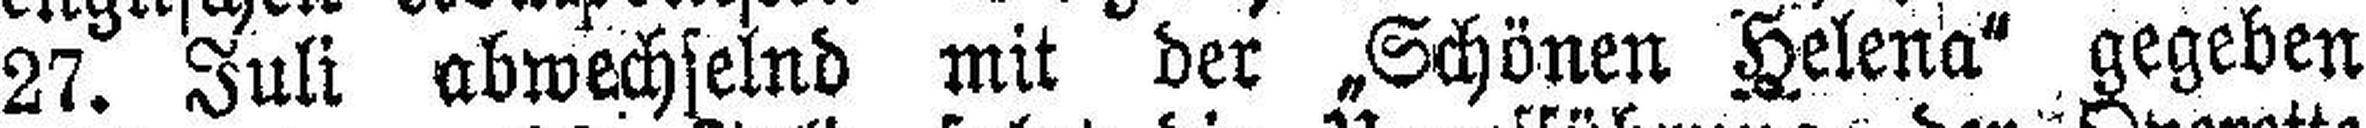
27. Juli abwechselnd mit der „Schönen Helena" gegeben